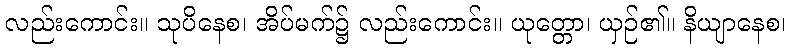
လည်းကောင်း။ သုပိနေစ၊ အိပ်မက်၌ လည်းကောင်း။ ယုတ္တော၊ ယှဉ်၏။ နိယျာနေစ၊